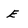
Character: e